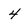
Character: 4